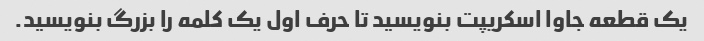
یک قطعه جاوا اسکریپت بنویسید تا حرف اول یک کلمه را بزرگ بنویسید.